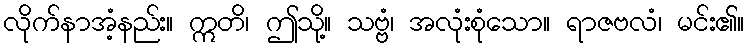
လိုက်နာအံ့နည်း။ ဣတိ၊ ဤသို့။ သဗ္ဗံ၊ အလုံးစုံသော။ ရာဇဗလံ၊ မင်း၏။